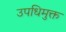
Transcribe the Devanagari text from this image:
उपधिमुक्त